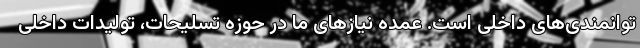
توانمندی‌های داخلی است. عمده نیازهای ما در حوزه تسلیحات، تولیدات داخلی